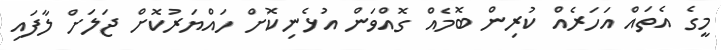
މީގެ އެތައް އަހަރެއް ކުރިން ބޮމެއް ގޮއްވަން އުޅެނިކޮށް ހައްޔަރުކޮށް ޖަލަށް ލާފައި